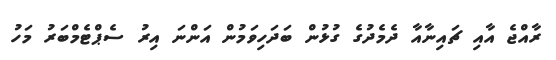
ރާއްޖެ އާއި ޗައިނާއާ ދެމެދުގެ ގުޅުން ބަދަހިވަމުން އަންނަ އިރު ސެޕްޓެމްބަރު މަހު